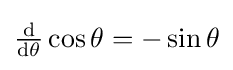
{\tfrac {\operatorname {d} }{\operatorname {d} \!\theta }}\cos \theta =-\sin \theta